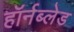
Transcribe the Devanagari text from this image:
हॉर्नब्लेड